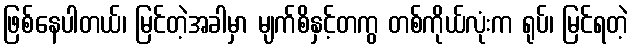
ဖြစ်နေပါတယ်၊ မြင်တဲ့အခါမှာ မျက်စိနှင့်တကွ တစ်ကိုယ်လုံးက ရုပ်၊ မြင်ရတဲ့